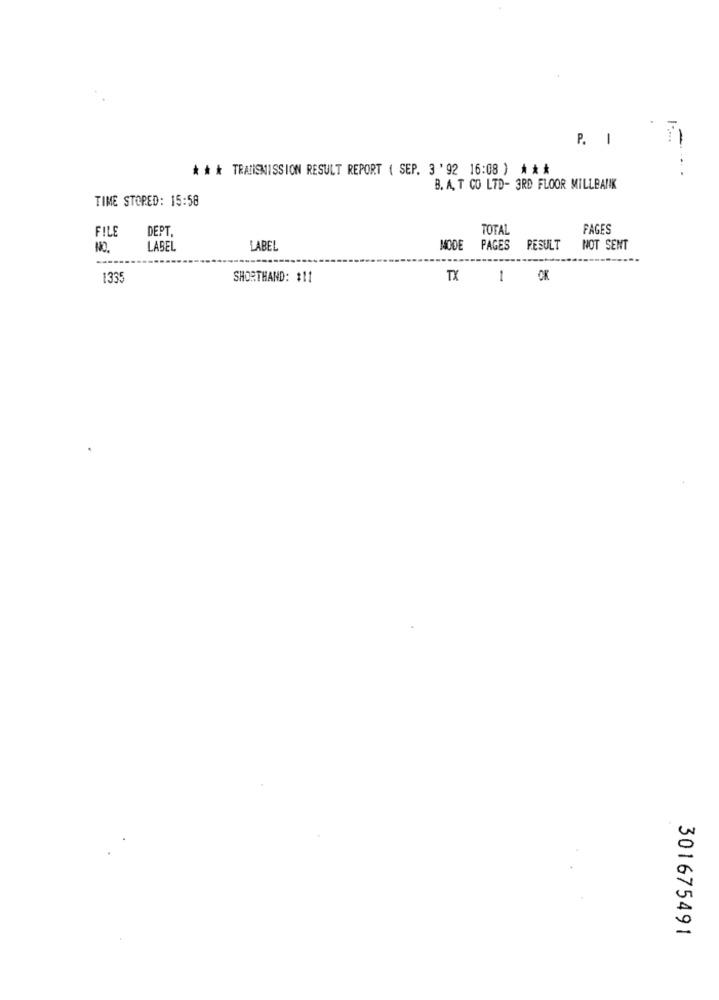
P. I
* * * TRANSMISSION RESULT REPORT ( SEP. 3 '92 16:08 ) ***
-
B. A. T CO LTD- 3RD FLOOR MILLBANK
TIME STORED: 15:58
DEPT.
TOTAL
PAGES
FILS
NO.
LABEL
LABEL
MODE
PAGES
RESULT
NOT SENT
1335
SHORTHAND: #11
TX
301675491